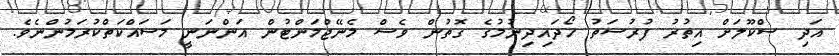
އަދި ސްކޫލަށް އިތުރު ފުރުސަތު ހޯދައިދިނުމުގެ ގޮތުން ވެސް މެނޭޖްމަންޓުން އަންނަނީ މަސައްކަތްކުރަމުންނެވެ.